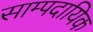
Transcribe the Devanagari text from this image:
साम्पदायिक